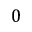
0